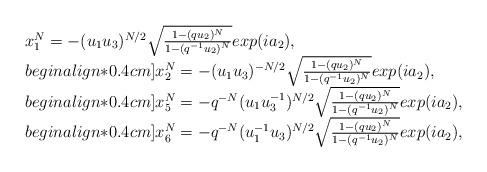
LaTeX: \begin{align*}\begin{array}{l}x^N_1=-(u_1u_3)^{N/2}\sqrt{\frac{1-(qu_2)^N}{1-(q^{-1}u_2)^N}} exp(ia_2),\\begin{align*}0.4cm]x^N_2=-(u_1u_3)^{-N/2}\sqrt{\frac{1-(qu_2)^N}{1-(q^{-1}u_2)^N}} exp(ia_2),\\begin{align*}0.4cm]x^N_5=-q^{-N}(u_1u_3^{-1})^{N/2}\sqrt{\frac{1-(qu_2)^N}{1-(q^{-1}u_2)^N}} exp(ia_2),\\begin{align*}0.4cm]x^N_6=-q^{-N}(u_1^{-1}u_3)^{N/2}\sqrt{\frac{1-(qu_2)^N}{1-(q^{-1}u_2)^N}} exp(ia_2),\end{array}\end{align*}